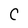
Character: C